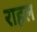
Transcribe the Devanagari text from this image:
राहल